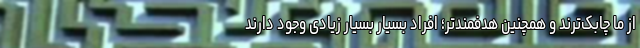
از ما چابک‌ترند و همچنین هدفمندتر؛ افرادِ بسیار بسیار زیادی وجود دارند